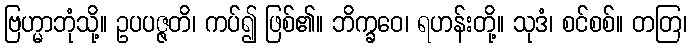
ဗြဟ္မာဘုံသို့။ ဥပပဇ္ဇတိ၊ ကပ်၍ ဖြစ်၏။ ဘိက္ခဝေ၊ ရဟန်းတို့။ သုဒံ၊ စင်စစ်။ တတြ၊